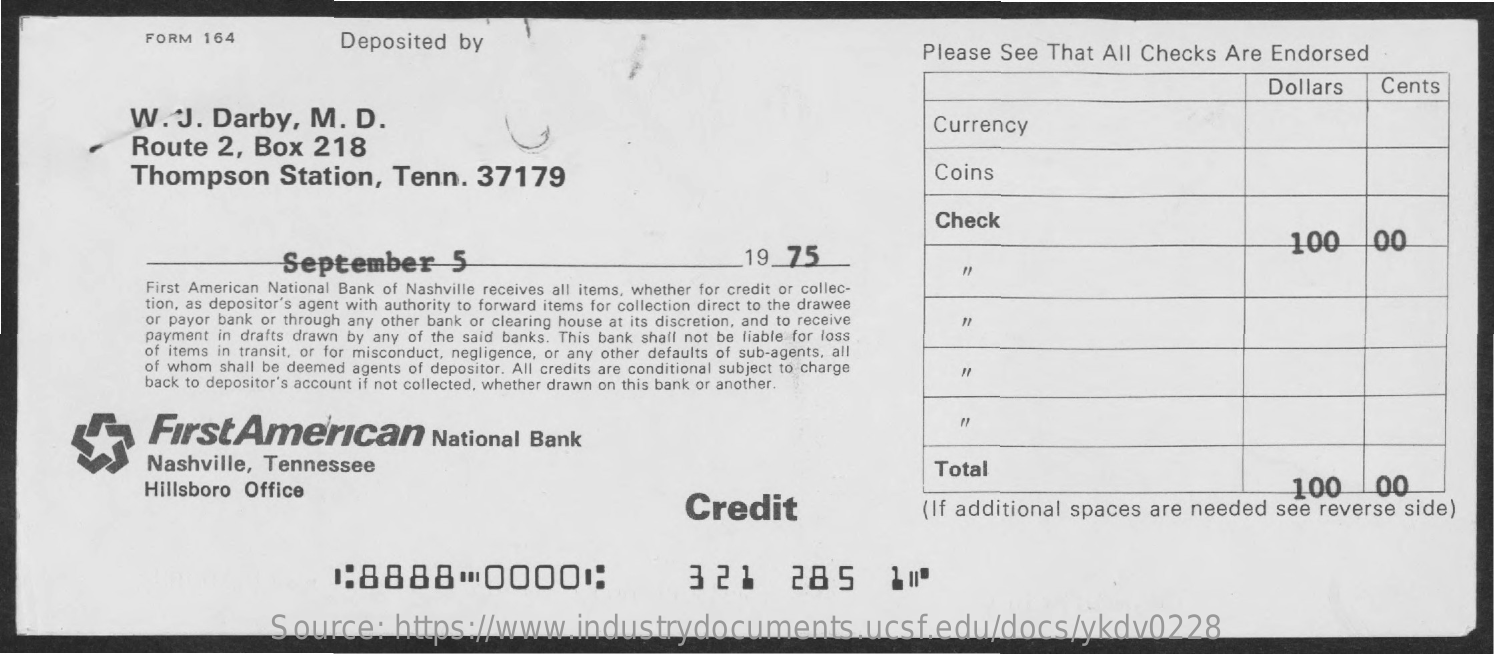
FORM  164    Deposited    by    Please  See   That  All Checks    Are  Endorsed
     Dollars    Cents
     W.   J.  Darby,    M.   D.
     Route    2,  Box    218
     Currency
     Thompson    Station,    Tenn.    37179    Coins
     Check
     September    5    19_75
     100    00
     First American National Bank of Nashville receives all items, whether for credit or collec-
     tion, as depositor's agent with authority to forward items for collection direct to the drawee
     or payor bank or through any other bank or clearing house at its discretion, and to receive =
     payment in drafts drawn by any of the said banks. This bank shall not be liable for loss
     of items in transit, or for misconduct, negligence, or any other defaults of sub-agents, all
     of whom shall be deemed agents of depositor. All credits are conditional subject to charge
     back to depositor's account if not collected, whether drawn on this bank or another.
     FirstAmerican    National   Bank
     Nashville,   Tennessee    Total
     Hillsboro  Office
     Credit
     100    00
     (If additional  spaces   are  needed   see  reverse   side)
     1:8888    .  00001:    321    285    1110
     Source:    https://www.industrydocuments.ucsf.edu/docs/ykdv0228